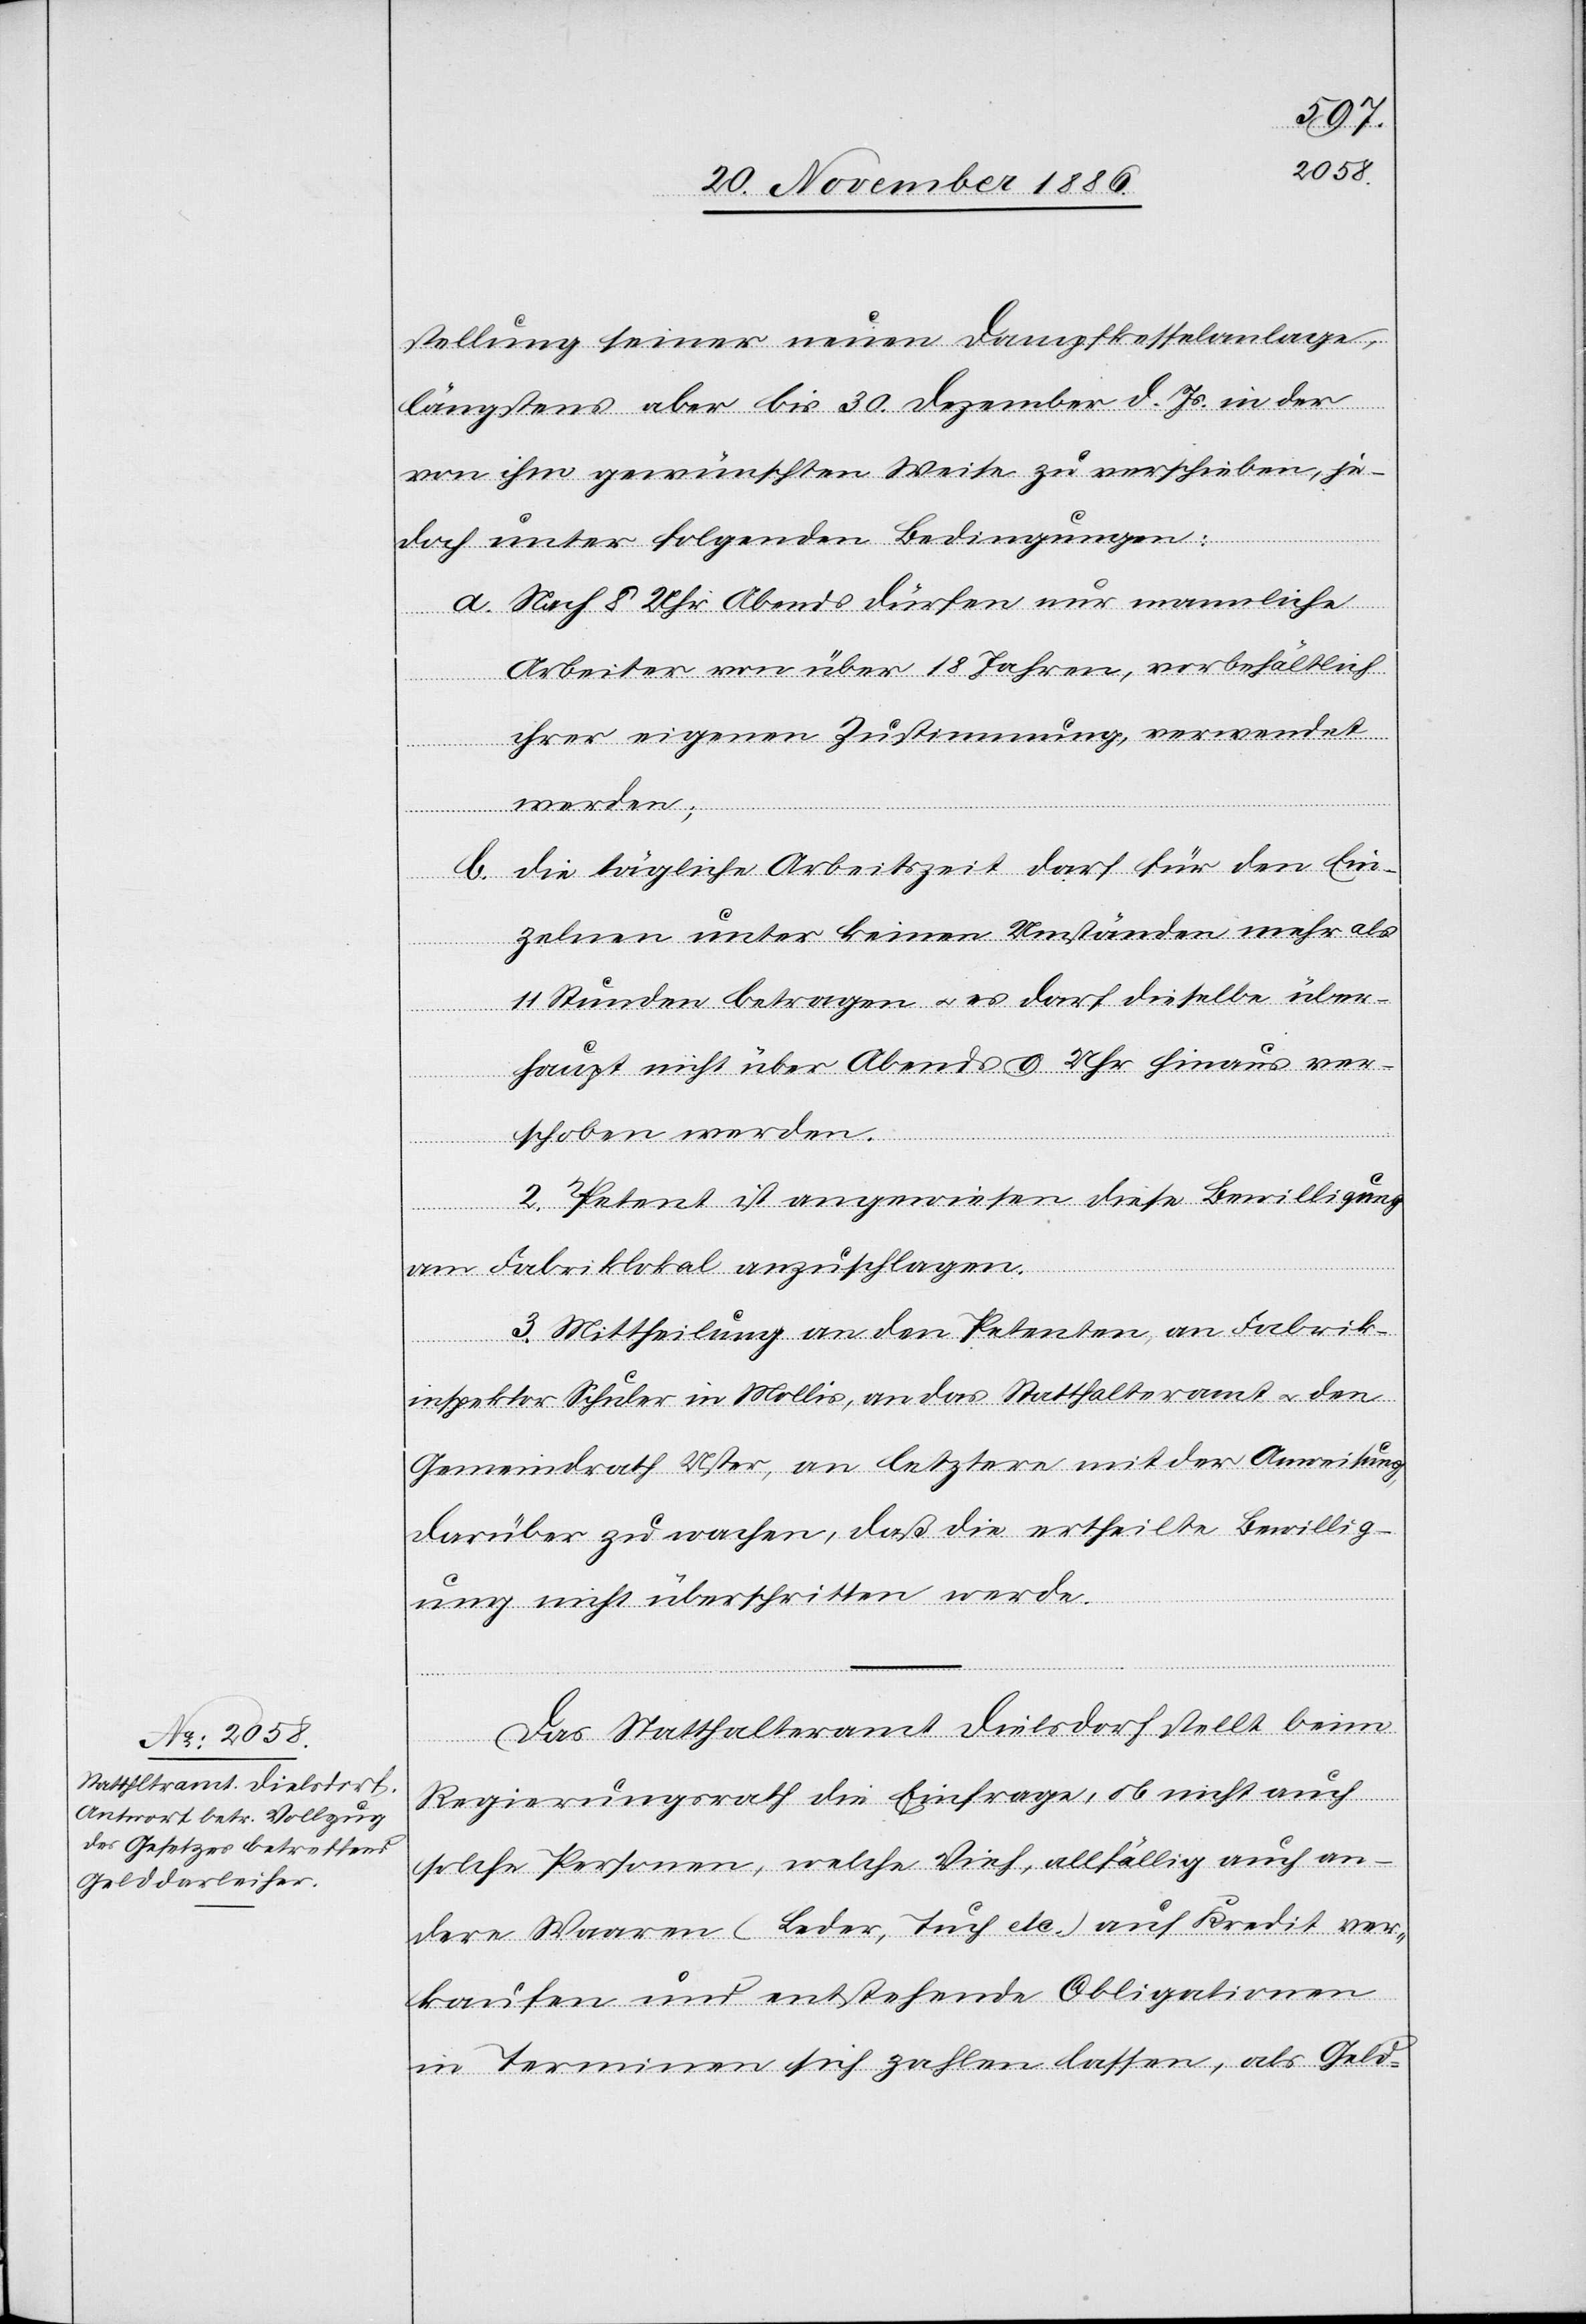
stellung seiner neuen Dampfkesselanlage,
längstens aber bis 30. Dezember d. Js. in der
von ihm gewünschten Weise zu verschieben, je¬
doch unter folgenden Bedingungen:
a. Nach 8 Uhr Abends dürfen nur mannliche
Arbeiter von über 18 Jahren, vorbehältlich
ihrer eigenen Zustimmung, verwendet
werden;
b. Die tägliche Arbeitszeit darf für den Ein¬
zelnen unter keinen Umständen mehr als
11 Stunden betragen & es darf dieselbe über¬
haupt nicht über Abends 9 Uhr hinaus ver¬
schoben worden.
2. Petent ist angewiesen diese Bewilligung
am Fabriklokal anzuschlagen.
3. Mittheilung an den Petenten, an Fabrik¬
inspektor Schuler in Mollis, an das Statthalteramt & den
Gemeindrath Uster, an letztere mit der Anweisung
darüber zu wachen, daß die ertheilte Bewillig¬
ung nicht überschritten werde.
Das Statthalteramt Dielsdorf stellt beim
Regierungsrath die Einfrage, ob nicht auch
solche Personen, welche Vieh, allfällig auch an¬
dere Waaren (Leder, Tuch etc.) auf Kredit ver¬
kaufen und entstehende Obligationen
in Terminen sich zahlen lassen, als Geld-